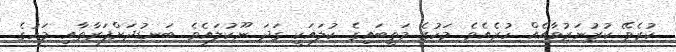
ކުރެވޭ ކުރުނަރުވާއެއް ހުރެއެވެ. މަހުގެ މަތީބައިގެ ކުލައަކީ ގަދަ ނޫކުލައެވެ. ބަނޑުދަށްފަރާތާއި މަހުގެ